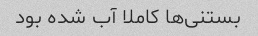
بستنی‌ها کاملا آب شده بود